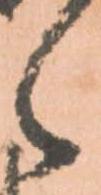
之